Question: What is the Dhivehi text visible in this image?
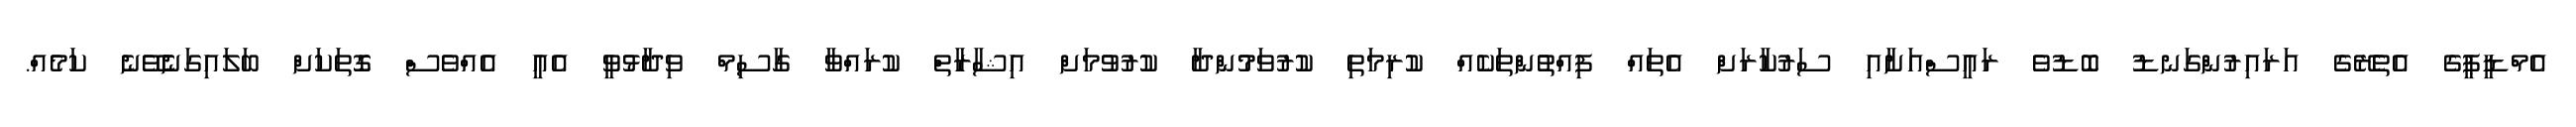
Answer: އެމްޑީޕީގެ އެތެރޭގެ އަރައިރުންގަނޑު ބޮޑުވެ ރައީސްއަށާއި ސަރުކާރަށް އެތައް ފިއްތުންތަކެއް ކުރިމަތި ކުރުވަމުންދާ ކުރުވުމަށް އިޝާރާތް ކުރައްވާ ގާސިމް ވިދާޅުވީ އެއީ އެއްވެސް ގޮތަކަށް ބަލައިގަނެެވޭނެ ކަމެއް.